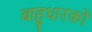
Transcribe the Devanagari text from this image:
बाहुधारकों